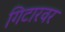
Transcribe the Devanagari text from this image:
गिटारवर